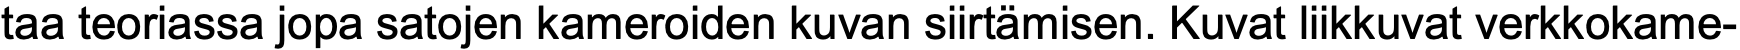
taa teoriassa jopa satojen kameroiden kuvan siirtämisen. Kuvat liikkuvat verkkokame-